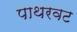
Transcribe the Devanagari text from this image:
पाथरवट